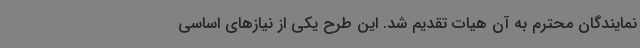
نمایندگان محترم به آن هیات تقدیم شد. این طرح یکی از نیازهای اساسی